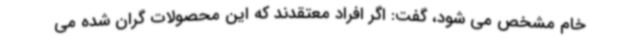
خام مشخص می شود، گفت: اگر افراد معتقدند که این محصولات گران شده می